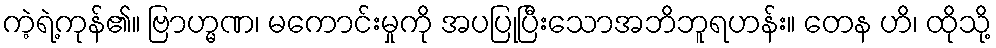
ကဲ့ရဲ့ကုန်၏။ ဗြာဟ္မဏ၊ မကောင်းမှုကို အပပြုပြီးသောအဘိဘူရဟန်း။ တေန ဟိ၊ ထိုသို့